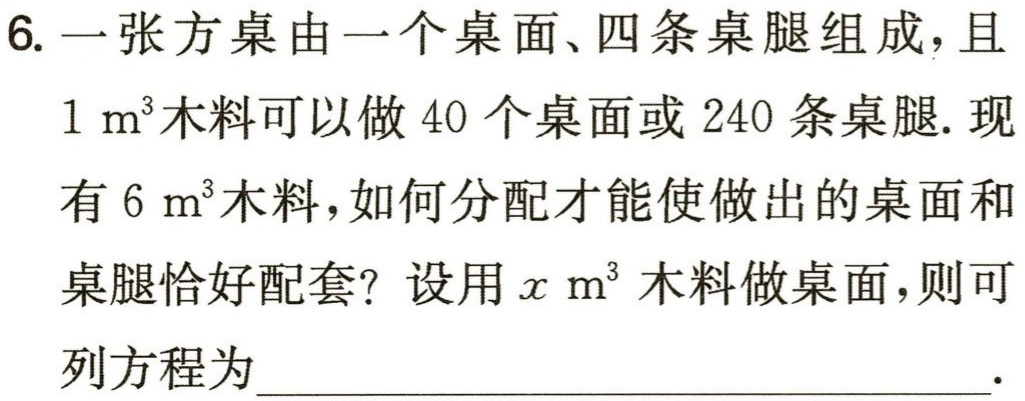
6. 一张方桌由一个桌面、四条桌腿组成，且

\(1\mathrm{ m}^{3}\)木料可以做 \(40\) 个桌面或 \(240\) 条桌腿. 现有 \(6\mathrm{ m}^{3}\)木料，如何分配才能使做出的桌面和

桌腿恰好配套？设用\(x\mathrm{ m}^{3}\)木料做桌面，则可

列方程为________________________.